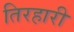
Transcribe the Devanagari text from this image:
तिरहारी